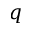
q